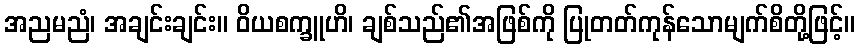
အညမညံ၊ အချင်းချင်း။ ဝိယစက္ခူဟိ၊ ချစ်သည်၏အဖြစ်ကို ပြုတတ်ကုန်သောမျက်စိတို့ဖြင့်။